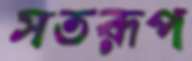
সতরূপ